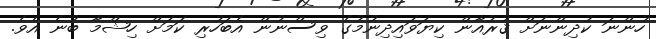
ހުންނަ ކުދިންނަށް ޤުރުއާން ކިޔަވައިދިނުމުގެ ވިސްނުން އެބަހުރި ކަމަށް ހިޝްމާ ބުނެ އެވެ.